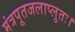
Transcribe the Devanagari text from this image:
मंत्रपूतजलाप्लुतः।